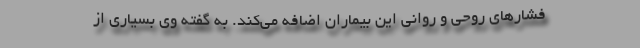
فشارهای روحی و روانی این بیماران اضافه می‌کند. به گفته وی بسیاری از